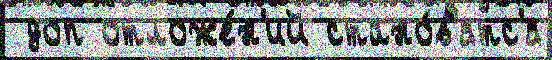
 доп отложе́н'ий стано́в'ятс'я